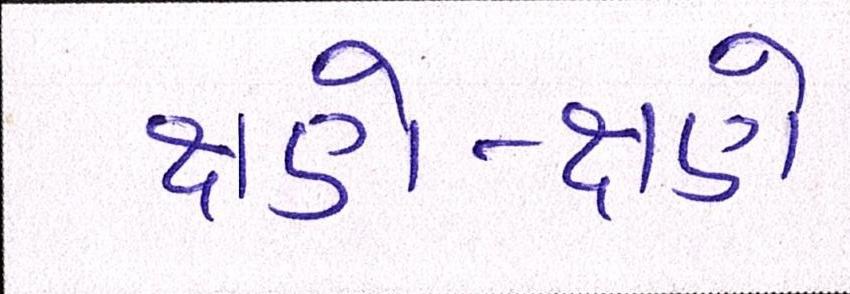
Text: ક્ષણે-ક્ષણે